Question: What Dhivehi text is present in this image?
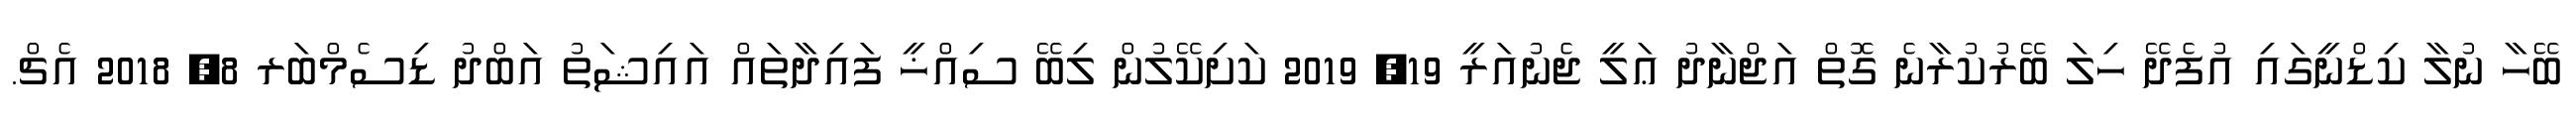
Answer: ބޭހާ ނުލާ ކިޑްނީގައި އުފެދޭ ހިލަ ބޭރުކުރާނެ ގޮތް އަޖްނާދު ޢަލީ ޖެނުއަރީ 19, 2019 ކަށިކޭލުން ލިބޭ ސިއްޚީ ފައިދާތައް އައިޝަތު އަބްދު ޑިސެމްބަރ 8, 2018 އެޗް.